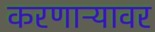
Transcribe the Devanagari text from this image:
करणाऱ्यावर